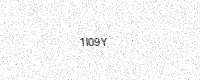
Text: 1I09Y